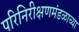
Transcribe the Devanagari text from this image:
परिनिरीक्षणमंडळाच्या